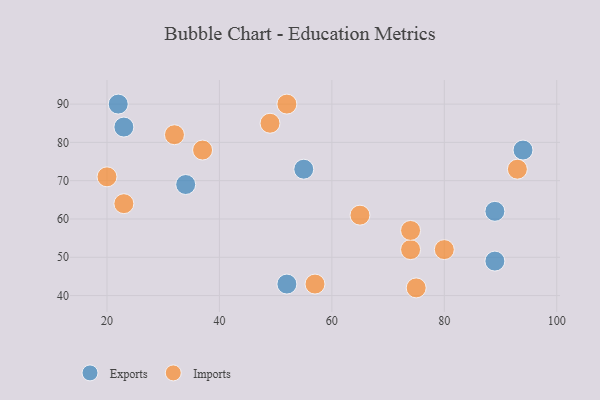
{"axis": {"x": "GDP", "y": "Life Expectancy"}, "legend": ["Exports", "Imports"], "data": [{"x": "55", "y": 73, "type": "Exports"}, {"x": "23", "y": 84, "type": "Exports"}, {"x": "94", "y": 78, "type": "Exports"}, {"x": "22", "y": 90, "type": "Exports"}, {"x": "52", "y": 43, "type": "Exports"}, {"x": "34", "y": 69, "type": "Exports"}, {"x": "89", "y": 49, "type": "Exports"}, {"x": "89", "y": 62, "type": "Exports"}, {"x": "57", "y": 43, "type": "Imports"}, {"x": "80", "y": 52, "type": "Imports"}, {"x": "23", "y": 64, "type": "Imports"}, {"x": "65", "y": 61, "type": "Imports"}, {"x": "74", "y": 52, "type": "Imports"}, {"x": "49", "y": 85, "type": "Imports"}, {"x": "32", "y": 82, "type": "Imports"}, {"x": "93", "y": 73, "type": "Imports"}, {"x": "20", "y": 71, "type": "Imports"}, {"x": "75", "y": 42, "type": "Imports"}, {"x": "74", "y": 57, "type": "Imports"}, {"x": "37", "y": 78, "type": "Imports"}, {"x": "52", "y": 90, "type": "Imports"}]}